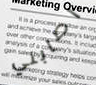
اصابني